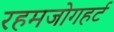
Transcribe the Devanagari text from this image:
रहमजोगहर्ट